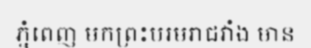
ភ្នំពេញ មកព្រះបរមរាជវាំង មាន